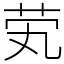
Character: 䒯